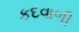
કદવાળી